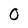
Character: O